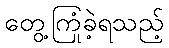
တွေ့ကြုံခဲ့ရသည့်